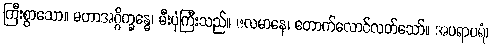
ကြီးစွာသော။ မဟာအဂ္ဂိက္ခန္ဓေ၊ မီးပုံကြီးသည်။ ဇလမာနေ၊ တောက်လောင်လတ်သော်။ အပရာပရံ၊